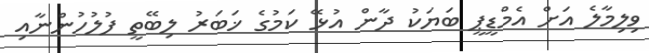
ވިލިމާލެ އަށް އެމްޑީޕީ ބަޔަކު ދާން އުޅޭ ކަމުގެ ޚަބަރު ލިބޭތީ ފުލުހުންނާއި